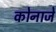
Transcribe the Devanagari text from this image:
कोनाजे